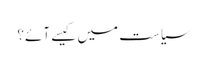
سیاست میں کیسے آئے؟